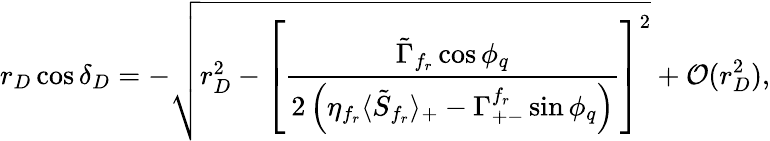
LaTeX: r_{D}\cos\delta_{D}=-\sqrt{r_{D}^{2}-\left[\frac{\tilde{\Gamma}_{f_{r}}\cos\phi_{q}}{2\left(\eta_{f_{r}}\langle\tilde{S}_{f_{r}}\rangle_{+}-\Gamma_{+-}^{f_{r}}\sin\phi_{q}\right)}\right]^{2}}+{\cal O}(r_{D}^{2}),